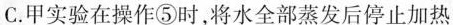
C.甲实验在操作⑤时，将水全部蒸发后停止加热